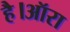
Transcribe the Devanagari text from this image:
है।ऑरा